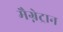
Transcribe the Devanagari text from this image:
मैग्नेट्रान